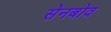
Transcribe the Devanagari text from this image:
सेनबोव